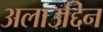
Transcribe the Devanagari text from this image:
अलाउद्दिन